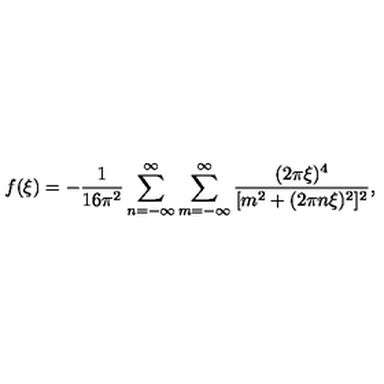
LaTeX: f ( \xi ) = - \frac { 1 } { 1 6 \pi ^ { 2 } } \sum _ { n = - \infty } ^ { \infty } \sum _ { m = - \infty } ^ { \infty } \frac { ( 2 \pi \xi ) ^ { 4 } } { [ m ^ { 2 } + ( 2 \pi n \xi ) ^ { 2 } ] ^ { 2 } } ,